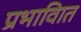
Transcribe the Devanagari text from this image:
प्रभावाित